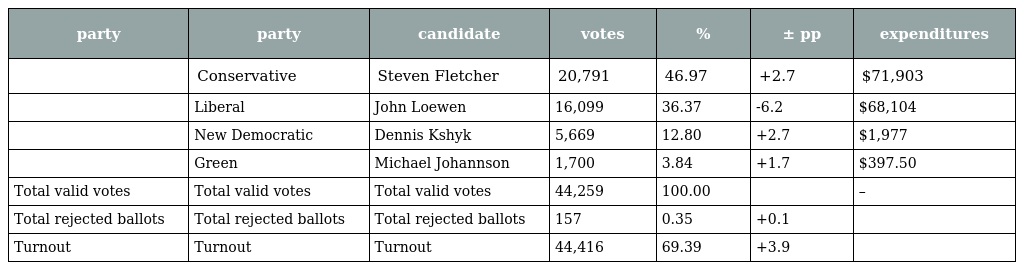
| party | party | candidate | votes | % | ± pp | expenditures |
 | --- | --- | --- | --- | --- | --- | --- |
 |  | Conservative | Steven Fletcher | 20,791 | 46.97 | +2.7 | $71,903 |
 |  | Liberal | John Loewen | 16,099 | 36.37 | -6.2 | $68,104 |
 |  | New Democratic | Dennis Kshyk | 5,669 | 12.80 | +2.7 | $1,977 |
 |  | Green | Michael Johannson | 1,700 | 3.84 | +1.7 | $397.50 |
 | Total valid votes | Total valid votes | Total valid votes | 44,259 | 100.00 |  | – |
 | Total rejected ballots | Total rejected ballots | Total rejected ballots | 157 | 0.35 | +0.1 |  |
 | Turnout | Turnout | Turnout | 44,416 | 69.39 | +3.9 |  |